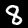
Digit: 8